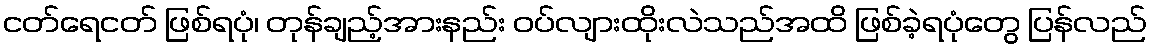
ငတ်ရေငတ် ဖြစ်ရပုံ၊ တုန်ချည့်အားနည်း ဝပ်လျားထိုးလဲသည်အထိ ဖြစ်ခဲ့ရပုံတွေ ပြန်လည်